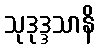
သုဒုဒ္ဒသာနိ